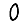
Digit: 0